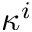
\kappa ^ { i }